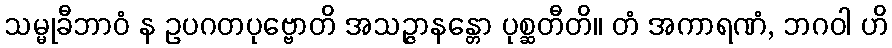
သမ္မုခီဘာဝံ န ဥပဂတပုဗ္ဗောတိ အသဉ္ဇာနန္တော ပုစ္ဆတီတိ။ တံ အကာရဏံ, ဘဂဝါ ဟိ